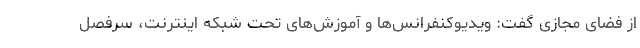
از فضای مجازی گفت: ویدیوکنفرانس‌ها و آموزش‌های تحت شبکه اینترنت، سرفصل